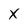
Character: X